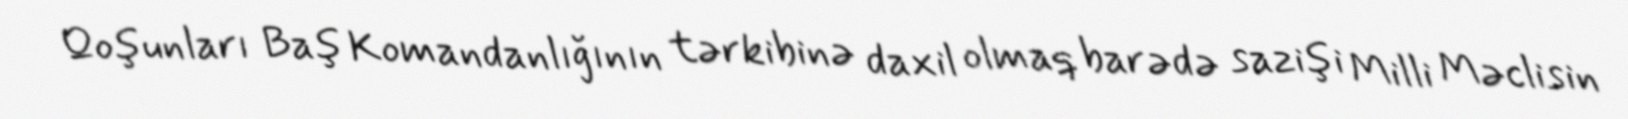
Qoşunları Baş Komandanlığının tərkibinə daxil olmaq barədə sazişi Milli Məclisin